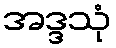
အဒ္ဒသုံ